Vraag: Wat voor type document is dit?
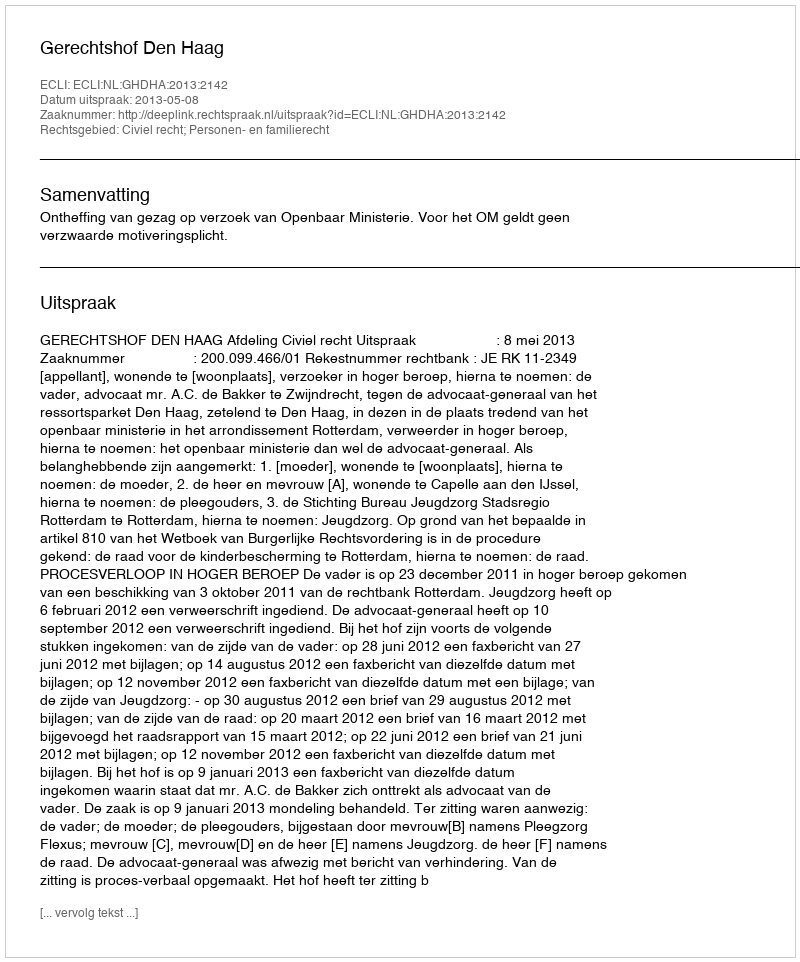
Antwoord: Uitspraak